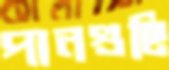
পানগুছি